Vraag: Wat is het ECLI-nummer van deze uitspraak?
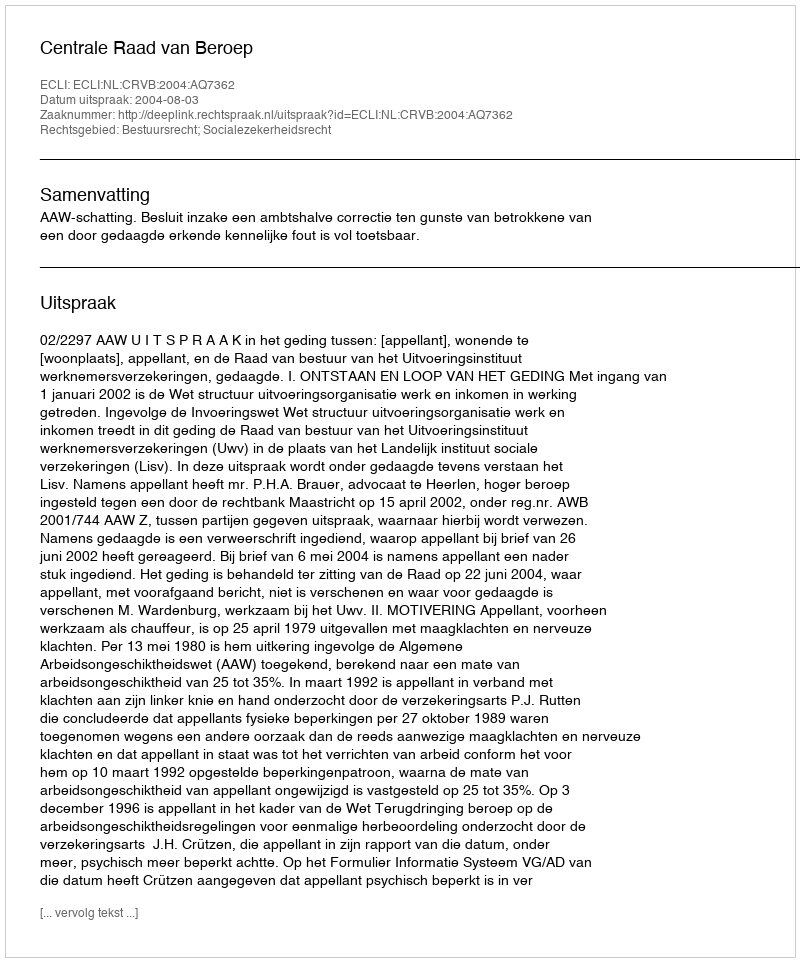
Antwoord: ECLI:NL:CRVB:2004:AQ7362